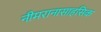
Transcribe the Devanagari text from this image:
नीमरानासाहसिक